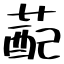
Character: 蓜